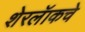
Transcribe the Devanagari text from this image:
शेरलॅाकचे